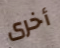
أخرى